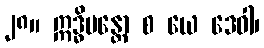
၂၈။ ဣဒ္ဓိမန္တော စ ယေ ဒေဝါ၊